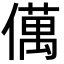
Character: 㒖